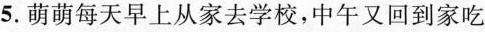
5.萌萌每天早上从家去学校，中午又回到家吃